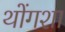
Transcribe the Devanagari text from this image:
थोंगशा